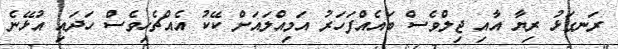
ރަނގަޅު ރިޔާ އާއި ޖިލްވެސް ބައެއްފަހަރު އަމިއްލައަށް ކޭކު އެއްޗެހިވެސް ހަދައި އުޅޭނެ